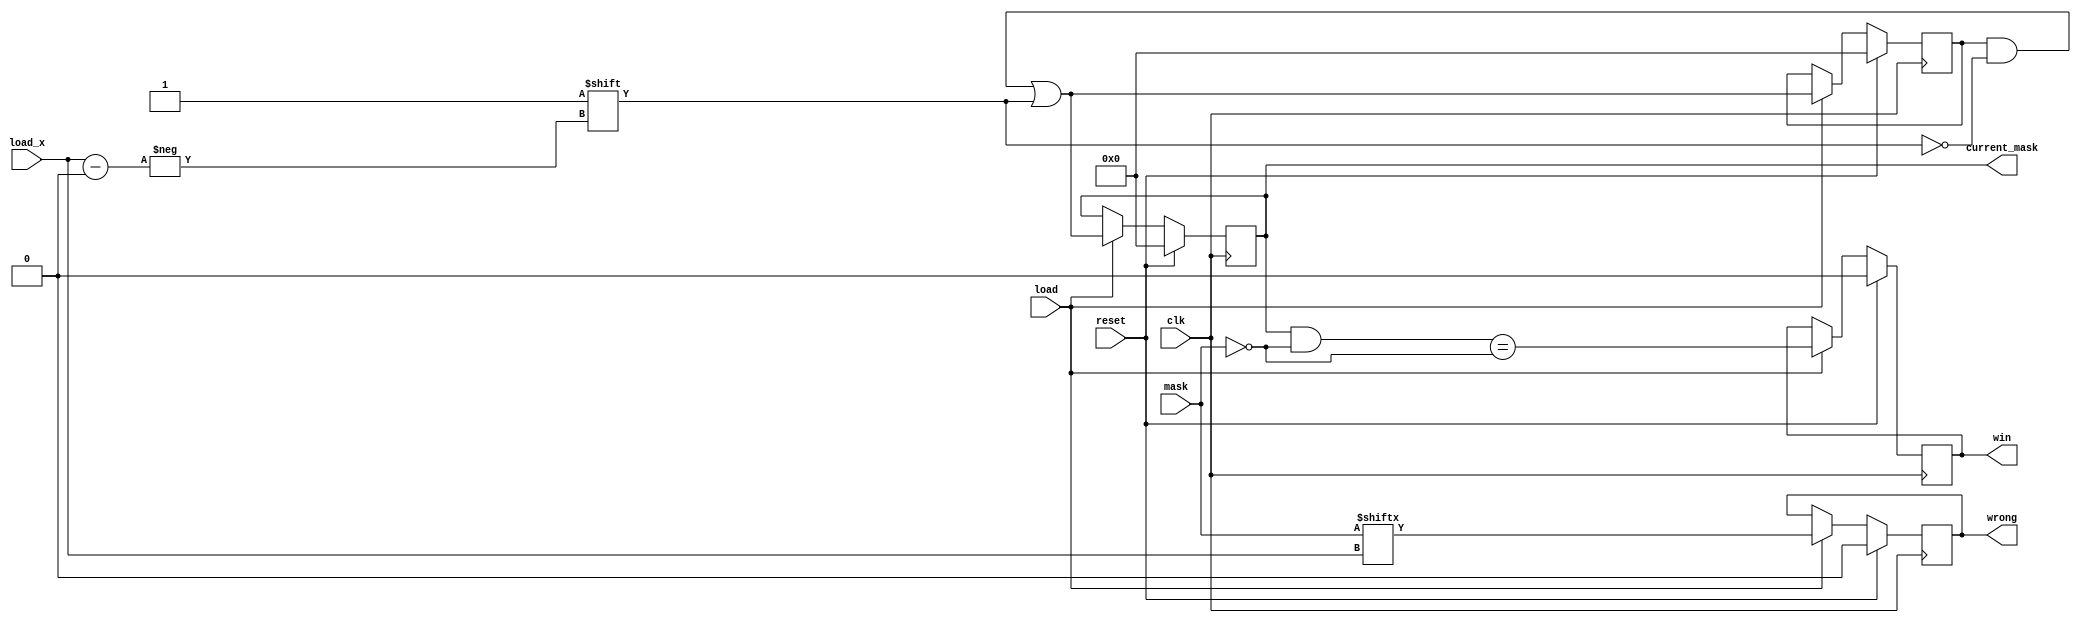
module game_process(
	input clk, reset,
	input load,
	input [4:0] load_x,
	input [25:0] mask,

	output reg win, wrong,
	output reg [25:0] current_mask
);

	reg [25:0] next_mask;

	always @(posedge clk) begin
		if (reset) begin
			current_mask <= 26'b0;
			next_mask <= 26'b0;
			win <= 1'b0;
			wrong <= 1'b0;
		end
		else begin
			next_mask <= current_mask;
			if (load) begin
				next_mask[load_x] = 1'b1;
				wrong <= (mask[load_x] == 1'b1);
				current_mask <= next_mask;
				win <= ((current_mask & ~mask) == ~mask);
			end
		end
	end

endmodule